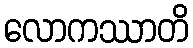
လောကဿာတိ